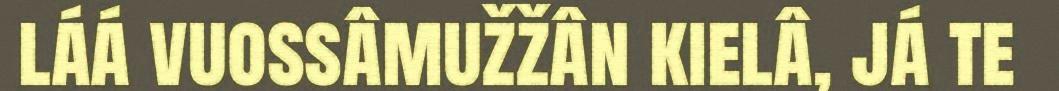
láá vuossâmužžân kielâ, já te